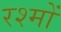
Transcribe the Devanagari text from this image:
रश्मों